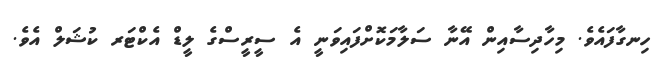
ހިނގާފައެވެ. މިހާދިސާއިން އޭނާ ސަލާމަކޮށްފައިވަނީ އެ ސީރީސްގެ ލީޑް އެކްޓަރ ކުޝަލް އެވެ.